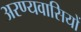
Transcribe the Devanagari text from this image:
अरण्यवासियों